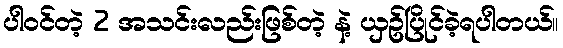
ပါဝင်တဲ့ 2 အသင်းလည်းဖြစ်တဲ့ နဲ့ ယှဥ်ပြိုင်ခဲ့ရပါတယ်။